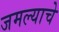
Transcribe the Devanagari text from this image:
जमल्याचे